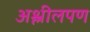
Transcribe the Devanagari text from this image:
अश्लीलपण